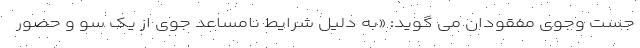
جست وجوی مفقودان می گوید: «به دلیل شرایط نامساعد جوی از یک سو و حضور